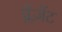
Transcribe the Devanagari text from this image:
प्लैज़ेंट